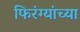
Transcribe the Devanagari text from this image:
फिरंग्यांच्या